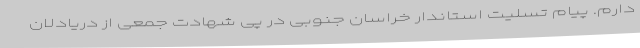
دارم. پیام تسلیت استاندار خراسان جنوبی در پی شهادت جمعی از دریادلان